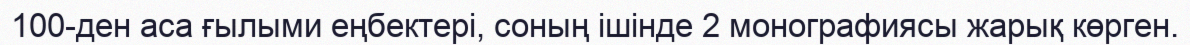
100-ден аса ғылыми еңбектері, соның ішінде 2 монографиясы жарық көрген.